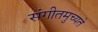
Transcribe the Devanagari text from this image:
संगीतमुच्यते